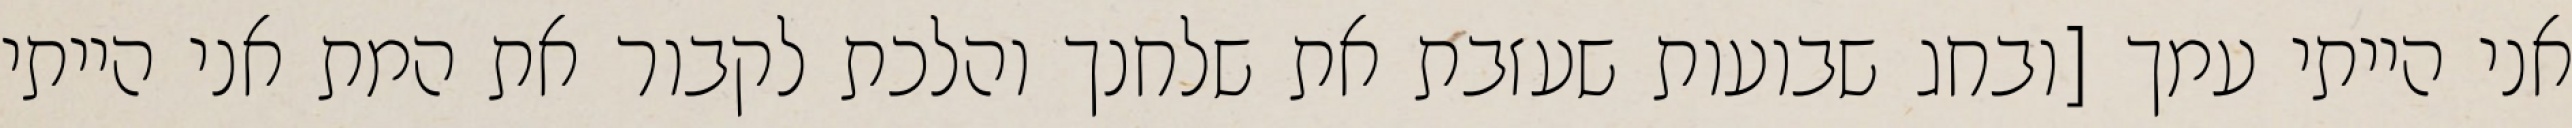
אני הייתי עמך [ובחג שבועות שעזבת את שלחנך והלכת לקבור את המת אני הייתי